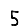
Digit: 5